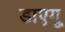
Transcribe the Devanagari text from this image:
डाएगू